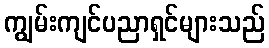
ကျွမ်းကျင်ပညာရှင်များသည်